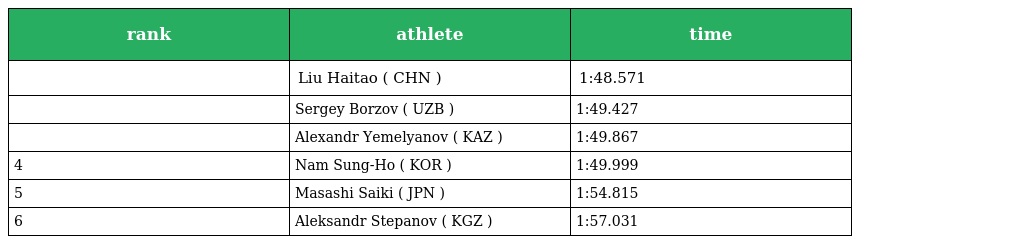
| rank | athlete | time |
 | --- | --- | --- |
 |  | Liu Haitao ( CHN ) | 1:48.571 |
 |  | Sergey Borzov ( UZB ) | 1:49.427 |
 |  | Alexandr Yemelyanov ( KAZ ) | 1:49.867 |
 | 4 | Nam Sung-Ho ( KOR ) | 1:49.999 |
 | 5 | Masashi Saiki ( JPN ) | 1:54.815 |
 | 6 | Aleksandr Stepanov ( KGZ ) | 1:57.031 |